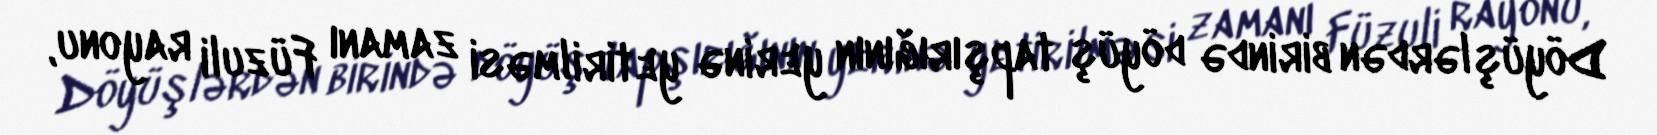
Döyüşlərdən birində döyüş tapşırığının yerinə yetirilməsi zamanı Füzuli rayonu,